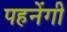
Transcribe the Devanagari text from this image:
पहनेंगी